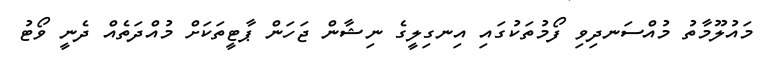
މައުލޫމާތު މުއްސަނދިވި ފޯމުތަކުގައި އިނގިލީގެ ނިޝާން ޖަހަން ޕާޓީތަކަށް މުއްދަތެއް ދެނީ ވޯޓު